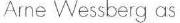
Arne Wessberg as